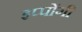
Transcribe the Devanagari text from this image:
इप्पोंगी